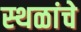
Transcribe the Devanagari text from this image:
स्‍थळांचे